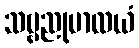
သဗ္ဗညုမာလယံ